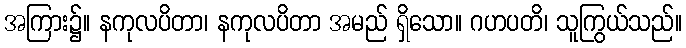
အကြား၌။ နကုလပိတာ၊ နကုလပိတာ အမည် ရှိသော။ ဂဟပတိ၊ သူကြွယ်သည်။